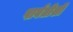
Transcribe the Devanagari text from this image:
पार्वतीशी